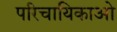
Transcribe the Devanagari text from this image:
परिचायिकाओ